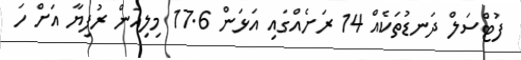
ފުޓްސަލް ދަނޑުތަކެއް 14 ރަށެއްގައި އަޅަން 17.6 މިލިއަން ރުފިޔާ އަށް ހަ